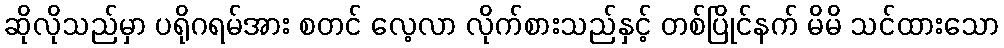
ဆိုလိုသည်မှာ ပရိုဂရမ်အား စတင် လေ့လာ လိုက်စားသည်နှင့် တစ်ပြိုင်နက် မိမိ သင်ထားသော